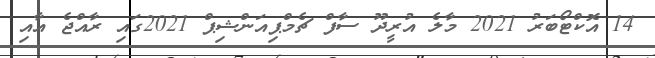
14 އޮކްޓޯބަރު 2021 މާލެ އުރީދޫ ސާފް ޗެމްޕިއަންޝިޕް 2021ގައި ރާއްޖެ އާއި